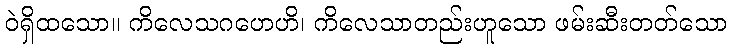
ဝဲရှိထသော။ ကိလေသဂဟေဟိ၊ ကိလေသာတည်းဟူသော ဖမ်းဆီးတတ်သော